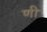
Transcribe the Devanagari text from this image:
णी